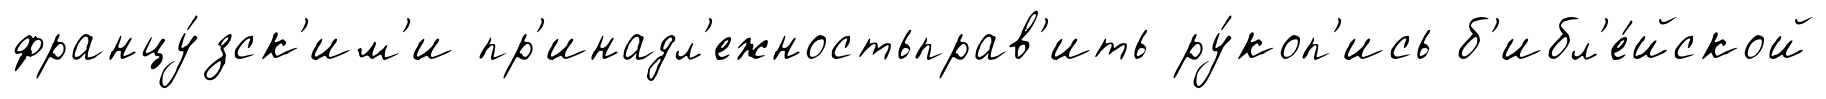
францу́зск'им'и пр'инадл'ежностьправ'ить ру́коп'ись б'ибл'е́йской